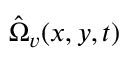
\hat { \Omega } _ { v } ( x , y , t )